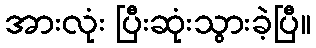
အားလုံး ပြီးဆုံးသွားခဲ့ပြီ။